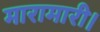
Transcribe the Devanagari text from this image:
मारामारी।